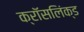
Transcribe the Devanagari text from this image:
क्रॉसलिंक्ड